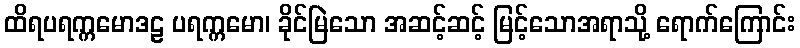
ထိရပရက္ကမောဒဠ ပရက္ကမော၊ ခိုင်မြဲသော အဆင့်ဆင့် မြင့်သောအရာသို့ ရောက်ကြောင်း